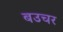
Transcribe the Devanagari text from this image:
बउचर